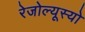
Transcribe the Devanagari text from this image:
रेजोल्यूस्यो